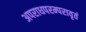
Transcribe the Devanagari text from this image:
अपराधपरम्परावृतं